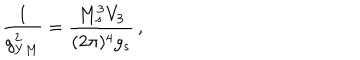
\frac { 1 } { g _ { Y M } ^ { 2 } } = \frac { M _ { s } ^ { 3 } V _ { 3 } } { ( 2 \pi ) ^ { 4 } g _ { s } } \, ,